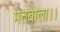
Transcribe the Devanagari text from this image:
मतवाला।।